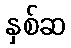
နှစ်ဆ